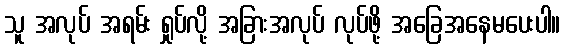
သူ အလုပ် အရမ်း ရှုပ်လို့ အခြားအလုပ် လုပ်ဖို့ အခြေအနေမပေးပါ။